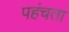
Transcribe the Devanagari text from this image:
पहंचता